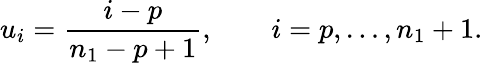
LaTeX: u_{i}=\frac{i-p}{n_{1}-p+1},\qquad i=p,\ldots,n_{1}+1.